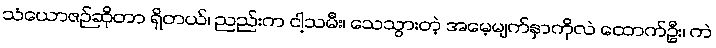
သံယောဇဉ်ဆိုတာ ရှိတယ်၊ ညည်းက ငါ့သမီး၊ သေသွားတဲ့ အမေ့မျက်နှာကိုလဲ ထောက်ဦး၊ ကဲ